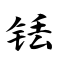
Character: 铥